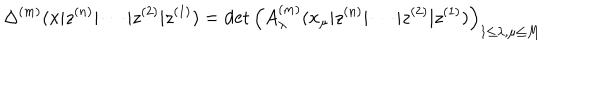
LaTeX: \Delta ^ { ( m ) } ( x | z ^ { ( n ) } | \cdots | z ^ { ( 2 ) } | z ^ { ( 1 ) } ) = \det \left( A _ { \lambda } ^ { ( m ) } ( x _ { \mu } | z ^ { ( n ) } | \cdots | z ^ { ( 2 ) } | z ^ { ( 1 ) } ) \right) _ { 1 \leq \lambda , \mu \leq M }